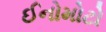
ઈનોમોટો